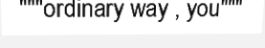
"""ordinary way , you"""